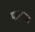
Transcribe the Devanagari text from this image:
पाराशव